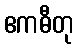
ဧကဓီတု